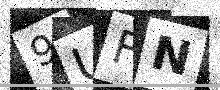
Text: 9UFN